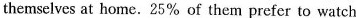
themselves at home. 25% of them prefer to watch